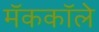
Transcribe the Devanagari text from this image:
मॅककॉले